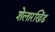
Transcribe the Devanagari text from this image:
शेलारखिंड